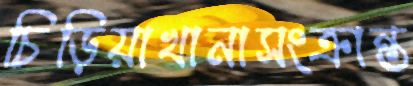
চিড়িয়াখানাসংক্রান্ত